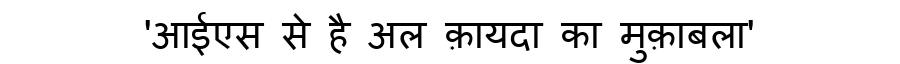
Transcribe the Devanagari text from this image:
'आईएस से है अल क़ायदा का मुक़ाबला'